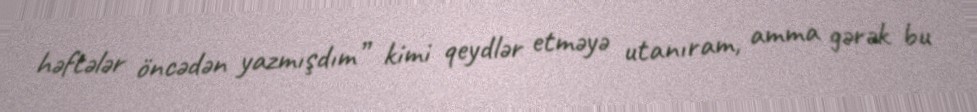
həftələr öncədən yazmışdım” kimi qeydlər etməyə utanıram, amma gərək bu